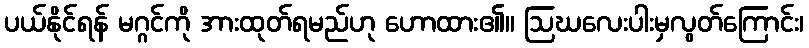
ပယ်နိုင်ရန် မဂ္ဂင်ကို အားထုတ်ရမည်ဟု ဟောထား၏။ ဩဃလေးပါးမှလွတ်ကြောင်း၊